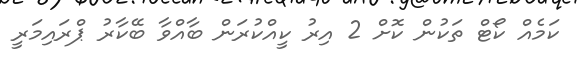
ކަމެއް ކޯޓް ތަކުން ކޮށް 2 އިރު ކީއްކުރަން ބާއްވާ ބޭކާރު ޕްރައިމަރީ